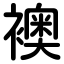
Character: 襖